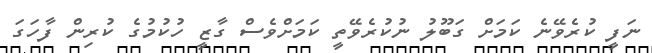
ނަފީ ކުރެވޭނެ ކަމަށް ގަބޫލު ނުކުރެވޭތީ ކަމަށްވެސް ގާޒީ ހުކުމުގެ ކުރިން ފާހަގަ